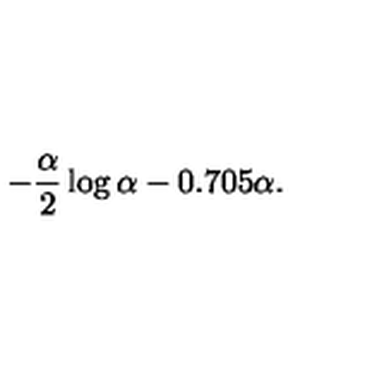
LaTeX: - \frac { \alpha } { 2 } \log \alpha - 0 . 7 0 5 \alpha .